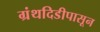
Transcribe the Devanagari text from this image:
ग्रंथदिडीपासून